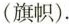
(旗帜).